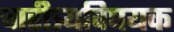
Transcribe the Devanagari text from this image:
चारीत्र्यविषयक